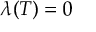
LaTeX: \lambda ( T ) = 0